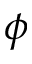
\phi